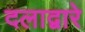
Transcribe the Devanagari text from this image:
दलाद्वारे